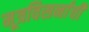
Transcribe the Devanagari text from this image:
मूत्रविसर्नाची